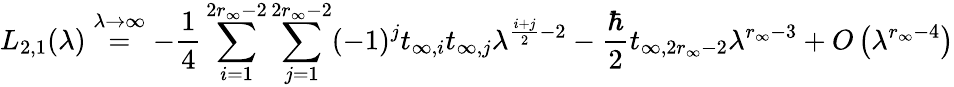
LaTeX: L_{2,1}(\lambda)\overset{\lambda\to\infty}{=}-\frac{1}{4}\sum_{i=1}^{2r_{\infty}-2}\sum_{j=1}^{2r_{\infty}-2}(-1)^{j}t_{\infty,i}t_{\infty,j}\lambda^{\frac{i+j}{2}-2}-\frac{\hbar}{2}t_{\infty,2r_{\infty}-2}\lambda^{r_{\infty}-3}+O\left(\lambda^{r_{\infty}-4}\right)